Vaccination in Bombay 1913-1923 - 1913-1923
Year: 1913
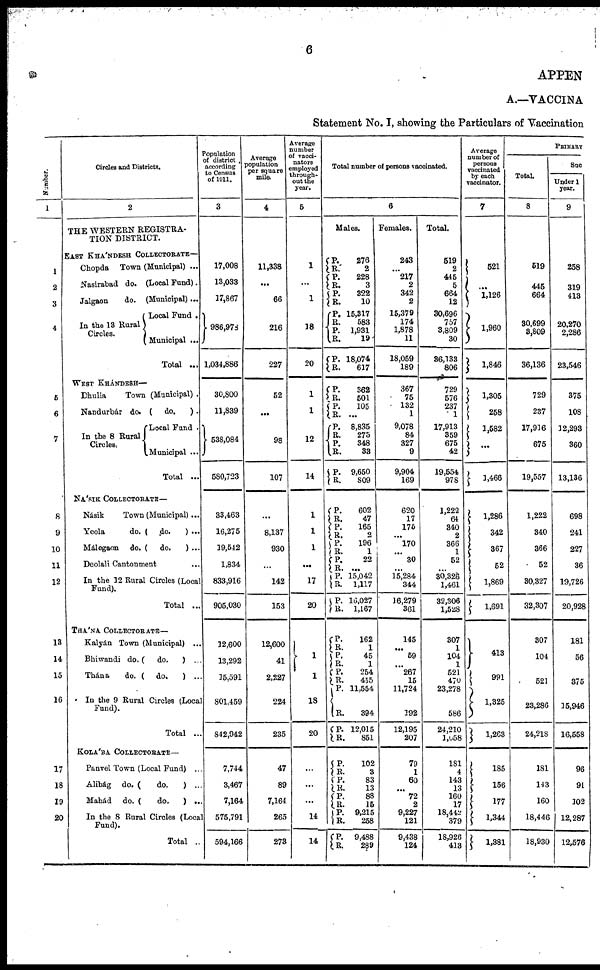
6
APPEN
A.—VACCINA
Statement No. I, showing the Particulars of Vaccination
Number.
1
1
2
3
4
5
6
7
8
9
10
11
12
13
14
15
16
17
18
19
20
Circles and Districts.
2
THE WESTERN REGISTRA-
TION DISTRICT.
EAST KHÁNDESH COLLECTORATE—
Chopda Town (Municipal) ...
Nasirabad do. (Local Fund).
Jalgaon
do. (Municipal)...
In the 13 Rural
Circles.
Local Fund .
Municipal ...
Total ...
WEST KHÁNDESH—
Dhulia
Town (Municipal) .
Nandurbár do. ( do.
) .
In the 8 Rural
Circles.
Local Fund .
Municipal ...
Total ...
NÁSIK COLLECTORATE—
Násik
Town (Municipal)...
Yeola
do. ( do.
) ...
Málegaon do. ( do.
) ...
Deolali Cantonment ...
In the 12 Rural Circles (Local
Fund).
Total ...
THÁNA COLLECTORATE—
Kalyán Town (Municipal) ...
Bhiwandi do. (
do.
) ...
Thána
do. (do.
) ...
In the 9 Rural Circles (Local
Fund).
Total ...
KOLÁBA COLLECTORATE—
Panvel Town (Local Fund) ...
Alibág do. (
do.
) ...
Mahád do. (
do.
) ...
In the 8 Rural Circles (Local
Fund).
Total ..
Population
of district
according
to Census
of 1911.
3
17,008
13,033
17,867
986,978
1,034,886
30,800
11,839
538,084
580,723
33,463
16,275
19,542
1,834
833,916
905,030
12,600
13,292
15,591
801,459
842,042
7,744
3,467
7,164
575,791
594,166
Average
population
per square
mile.
4
11,338
...
66
216
227
52
...
98
107
...
8,137
930
...
142
153
12,600
41
2,227
224
235
47
89
7,164
265
273
Average
number
of vacci-
nators
employed
through-
out the
year.
5
1
...
1
18
20
1
1
12
14
1
1
1
...
17
20
1
1
18
20
...
...
...
14
14
Total number of persons vaccinated.
6
Males.
P.
R.
P. R.
P.
R.
P.
R.
P. R.
P.
R.
P.
R.
P.
R.
P.
R.
P.
R.
P.
R.
P.
R. P.
R.
P.
R.
P.
R. P.
R.
P.
R.
P.
R.
P.
R.
P.
R.
P.
R.
P.
R.
P. R.
P.
R.
P.
R. P.
R.
P.
R.
276
2
228
3
322
10
15,317
583
1,931
19
18,074
617
362
501
105
...
8,835
275
348
33
9,650
809
602
47
165
2
196
1
22
...
15,042
1,117
16,027
1,167
162
1
45
1
254
455
11,554
394
12,015
851
102
3
83
13
88
15
9,215
258
9,488
289
Females.
243
...
217
2
342
2
15,379
174
1,878
11
18,059
189
367
75
132
1
9,078
84
327
9
9,904
169
620
17
175
...
170
...
30
...
15,284
344
16,279
361
145
...
59
...
267
15
11,724
192
12,195
207
79
1
60
...
72
2
9,227
121
9,438
124
Total.
519
2
445
5
664
12
30,696
757
3,809
30
36,133
806
729
576
237
1
17,913
359
675
42
19,554
978
1,222
64
340
2
366
1
52
...
30,326
1,461
32,306
1,528
307
1
104
1
521
470
23,278
586
24,210
1,058
181
4
143
13
160
17
18,442
379
18,926
413
Average
number of
persons
vaccinated
by each
vaccinator.
7
521
... 1,126
1,960
1,846
1,305
258
1,582
...
1,466
1,286
342
367
52
1,869
1,691
413
991
1,325
1,263
185
156
177
1,344
1,381
PRIMARY
Total.
8
519
445
664
30,699
3,809
36,136
729
237
17,916
675
19,557
1,222
340
366
52
30,327
32,307
307
104
521
23,286
24,218
181
143
160
18,446
18,930
Suc
Under 1
year.
9
258
319
413
20,270
2,286
23,546
375
108
12,293
360
13,136
698
241
227
36
19,726
20,928
181
56
375
15,946
16,558
96
91
102
12,287
12,576